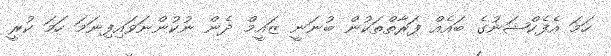
ހަމަ އެފެކްޝަނުގެ ބައެއް ފަރާތްތަކުން ބުނަނީ ޒައީމް ދެން ނުކުންނަވައިފިނަމަ ހަމަ ކުރީ